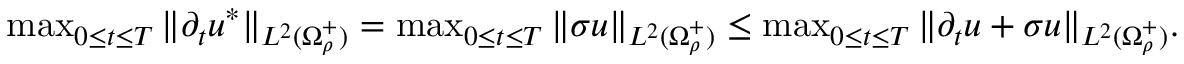
\begin{array} { r } { \operatorname* { m a x } _ { 0 \leq t \leq T } \| \partial _ { t } u ^ { * } \| _ { L ^ { 2 } ( \Omega _ { \rho } ^ { + } ) } = \operatorname* { m a x } _ { 0 \leq t \leq T } \| \sigma u \| _ { L ^ { 2 } ( \Omega _ { \rho } ^ { + } ) } \leq \operatorname* { m a x } _ { 0 \leq t \leq T } \| \partial _ { t } u + \sigma u \| _ { L ^ { 2 } ( \Omega _ { \rho } ^ { + } ) } . } \end{array}